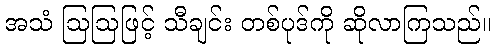
အသံ ဩဩဖြင့် သီချင်း တစ်ပုဒ်ကို ဆိုလာကြသည်။